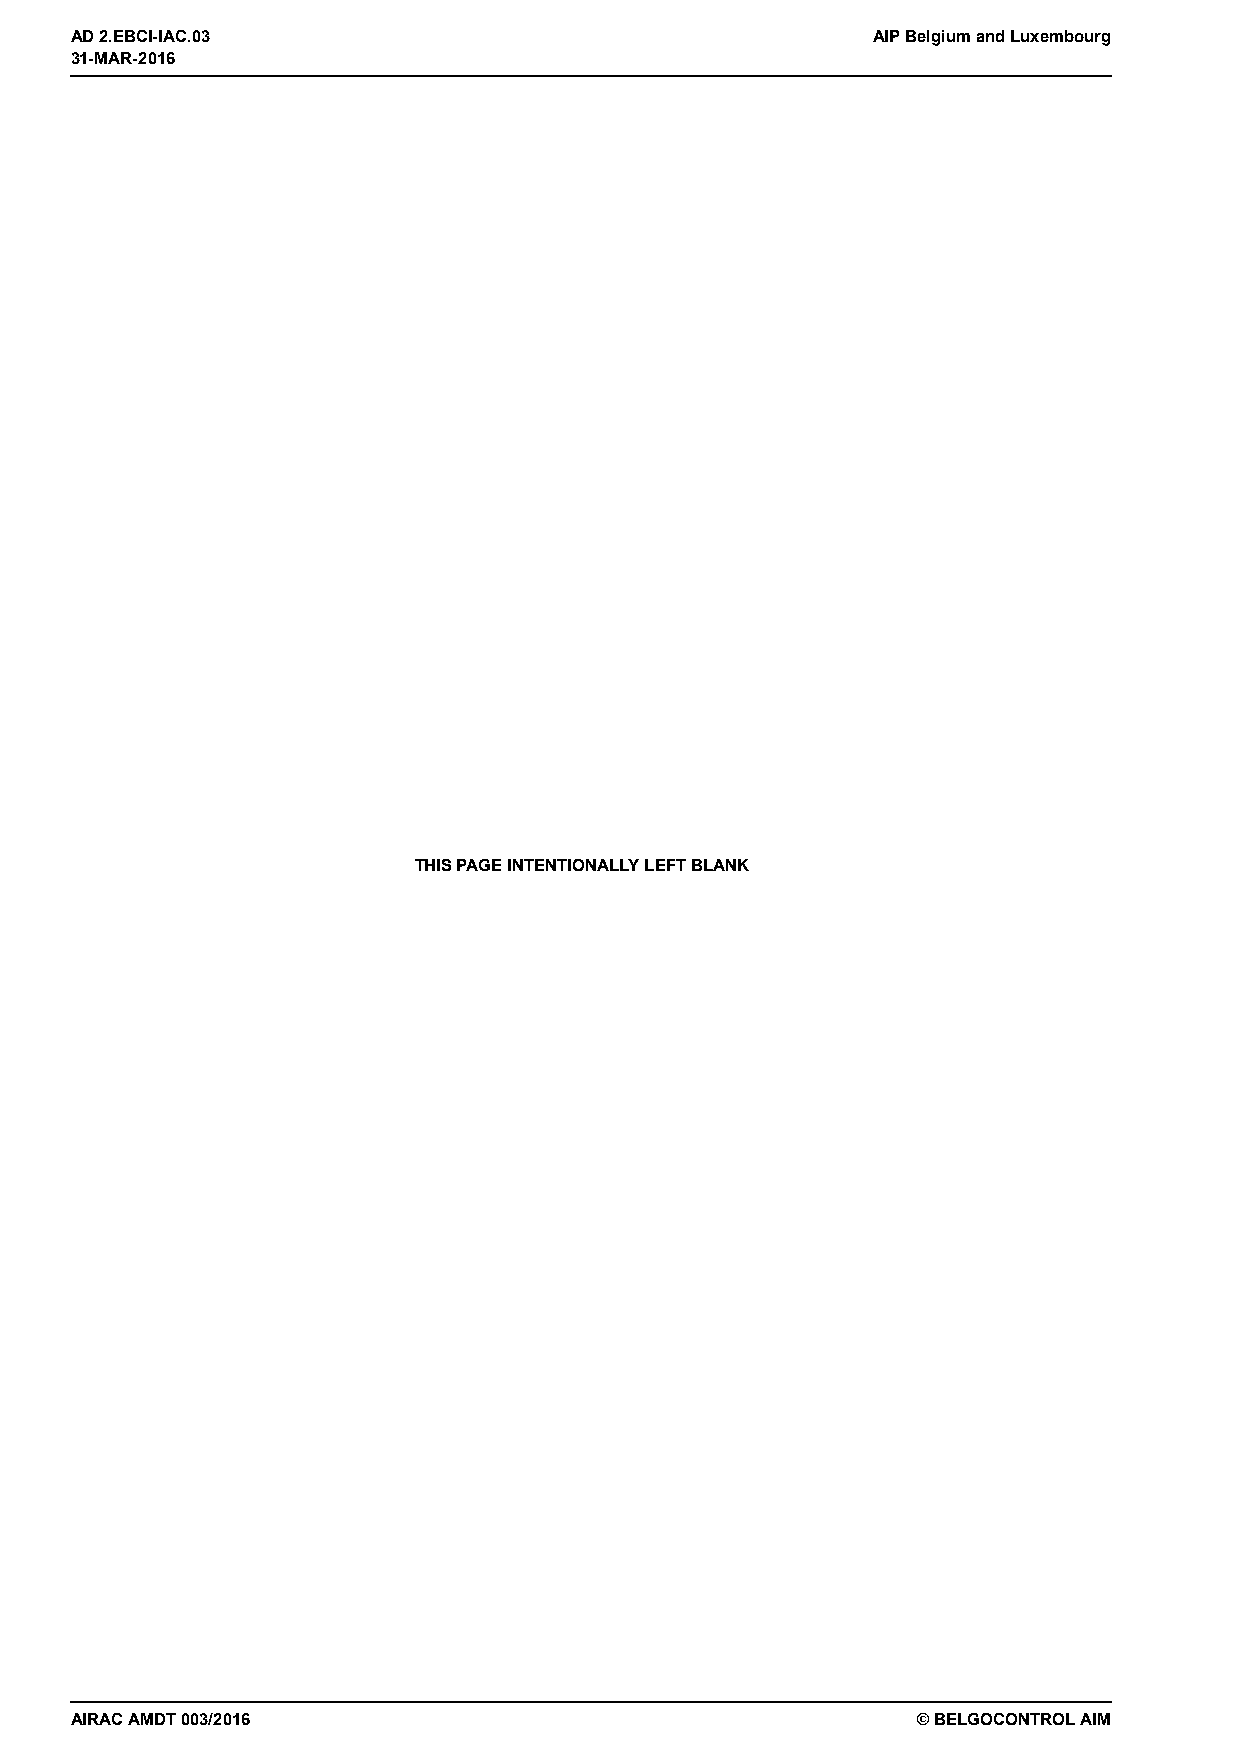
31-MAR-2016
 AD 2.EBCI-IAC.03                                     AIP Belgium and Luxembourg
 31-MAR-2016
 THIS PAGE INTENTIONALLY LEFT BLANK
 AIRAC AMDT 003/2016                                     © BELGOCONTROL AIM